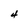
Character: 4